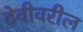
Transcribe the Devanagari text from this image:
ठेवीवरील